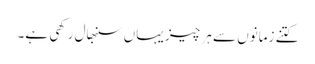
کتنے زمانوں سے ہر چیز یہاں سنبھال رکھی ہے۔